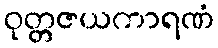
ဝုတ္တဇယကာရဏံ